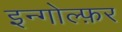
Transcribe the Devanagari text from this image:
इन्गोल्फ़र